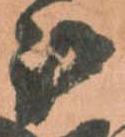
被